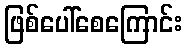
ဖြစ်ပေါ်စေကြောင်း